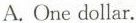
A. One dollar